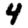
Digit: 4